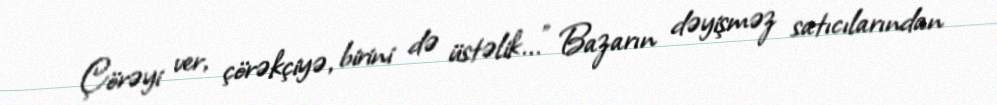
Çörəyi ver, çörəkçiyə, birini də üstəlik..." Bazarın dəyişməz satıcılarından